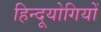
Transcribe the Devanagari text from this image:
हिन्दूयोगियों